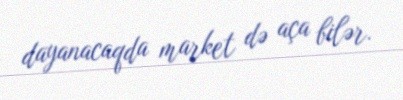
dayanacaqda market də aça bilər.